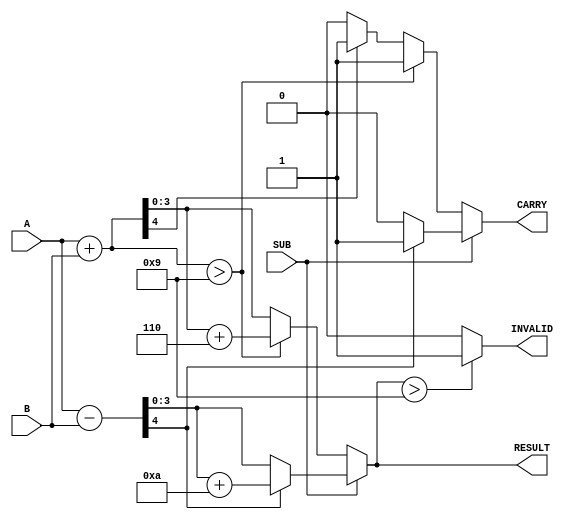
module bcd_add_subtracter(
    input [3:0] A,       // First BCD digit
    input [3:0] B,       // Second BCD digit
    input SUB,           // Control signal for addition (0) or subtraction (1)
    output reg [3:0] RESULT, // Resulting BCD digit
    output reg CARRY,    // Carry out for addition or borrow for subtraction
    output reg INVALID    // Indicates an invalid BCD result
);

    wire [4:0] sum;     // 5 bits to hold the intermediate sum
    wire [4:0] diff;    // 5 bits to hold the intermediate difference

    // Perform binary addition
    assign sum = A + B;
    
    // Perform binary subtraction (A - B) with borrow indication
    assign diff = {1'b0, A} - {1'b0, B}; // Extend A and B for subtraction

    always @(*) begin
        // Default outputs
        RESULT = 4'b0000;
        CARRY = 1'b0;
        INVALID = 1'b0;

        if (SUB == 1'b0) begin // Addition
            if (sum > 9) begin
                RESULT = sum + 6; // BCD correction
                CARRY = 1'b1; // Set carry
            end else begin
                RESULT = sum[3:0]; // No correction needed
                if (sum[4] == 1'b1) // Check for carry out
                    CARRY = 1'b1;
            end
        end else begin // Subtraction
            if (diff[4] == 1'b1) begin // Check for borrow
                RESULT = diff + 10; // BCD correction
                CARRY = 1'b1; // Set borrow indicator
            end else begin
                RESULT = diff[3:0]; // No correction needed
            end
        end

        // Check for invalid result (greater than 9)
        if (RESULT > 9) begin
            INVALID = 1'b1;
        end
    end
endmodule